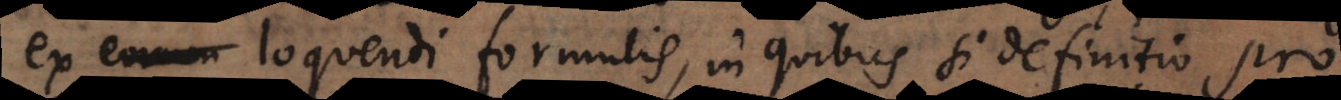
eorum loquendi formulis, in quibus si definitio pro